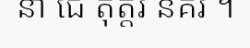
នា ជេ តុត្តរ នគរ ។